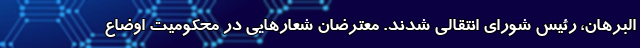
البرهان، رئیس شورای انتقالی شدند. معترضان شعارهایی در محکومیت اوضاع